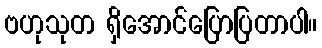
ဗဟုသုတ ရှိအောင်ပြောပြတာပါ။